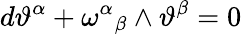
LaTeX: d\vartheta^{\alpha}+\omega^{\alpha}{}_{\beta}\wedge\vartheta^{\beta}=0